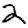
Digit: 2